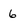
Character: 6